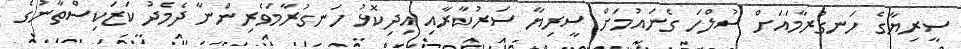
ސީރިޔާގެ ހަނގުރާމައަށް ސުލްހަ ގެނައުމަށް ސީރިޔާ ސަރުކާރާއި އިދިކޮޅު ހަނގުރާމަވެރިންނާ ދެމެދު ކަޒަކިސްތާނުގެ